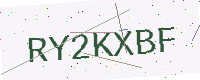
Text: RY2KXBF